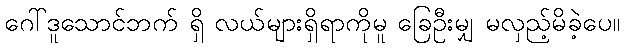
ဂေါ်ဒူသောင်ဘက် ရှိ လယ်များရှိရာကိုမူ ခြေဦးမျှ မလှည့်မိခဲ့ပေ။